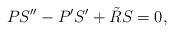
LaTeX: \begin{align*}PS''-P'S'+\tilde{R}S=0,\end{align*}